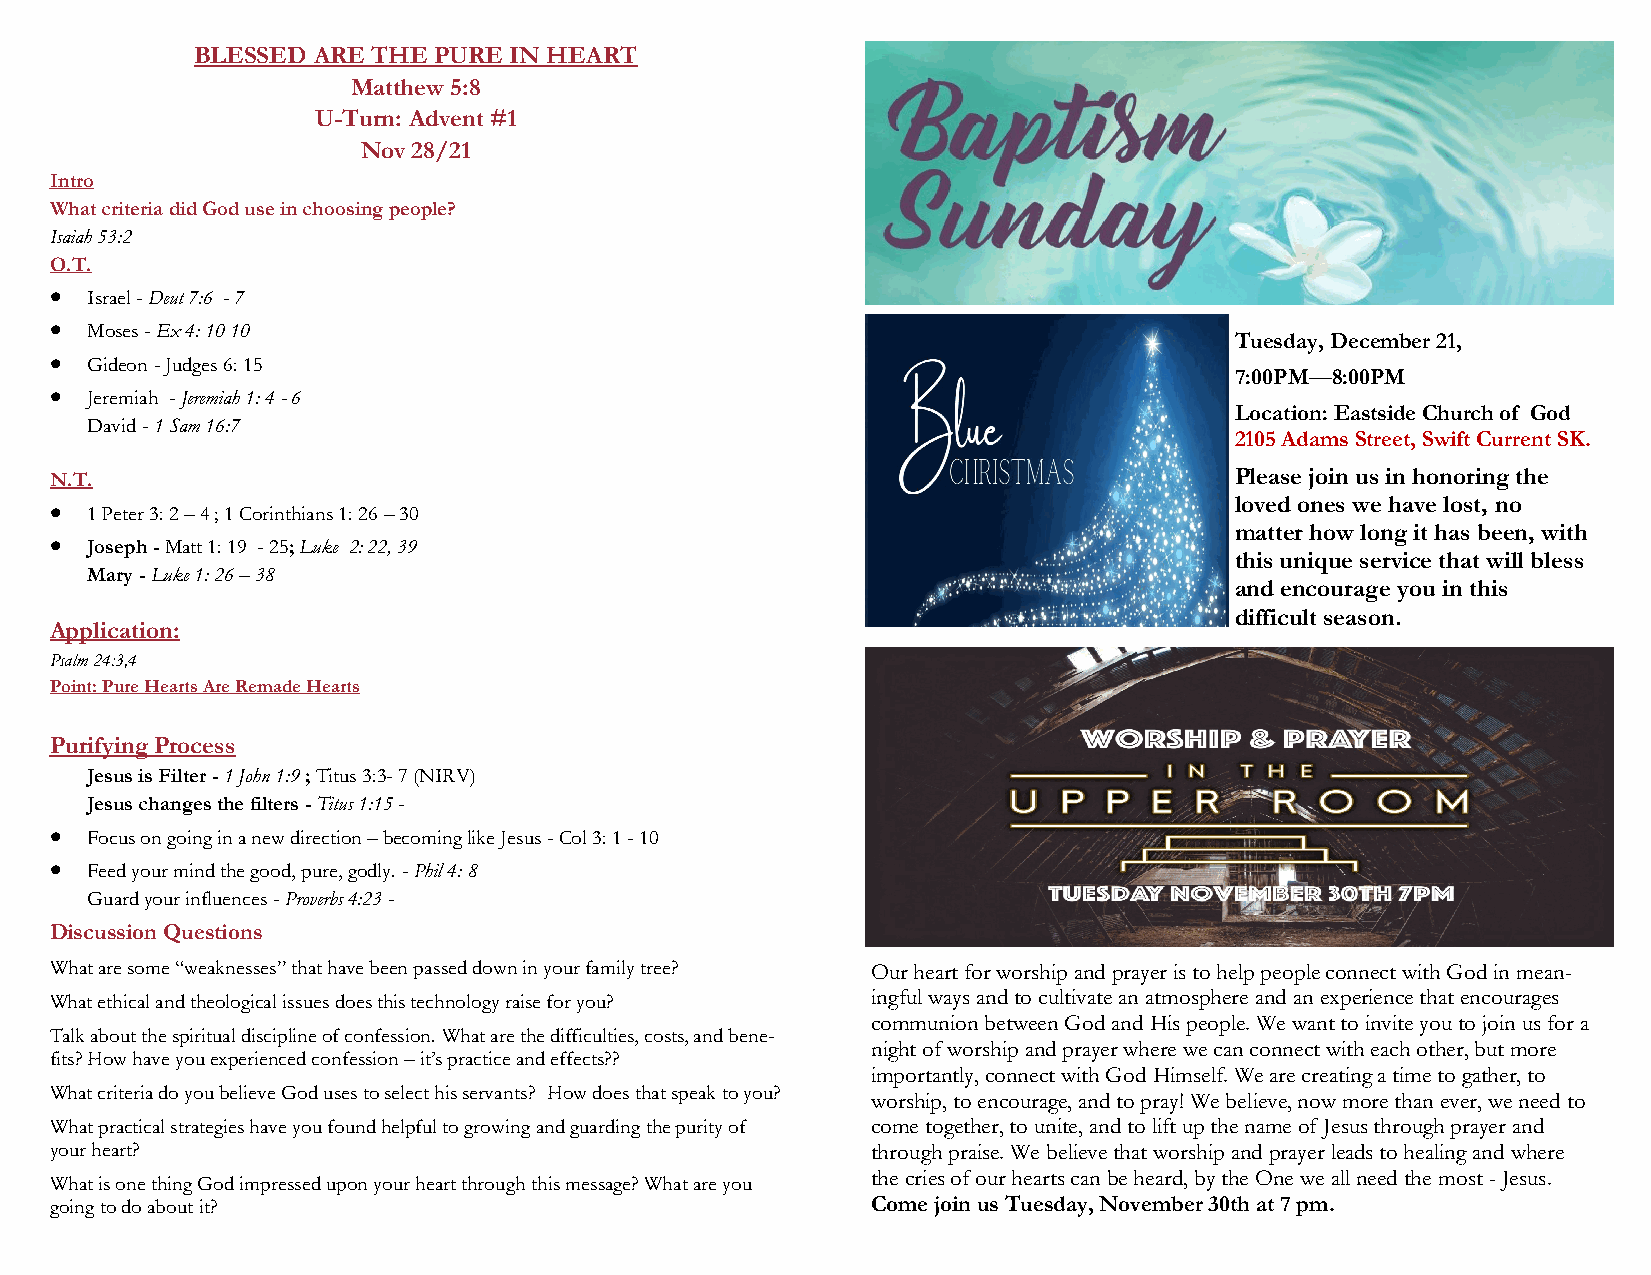
BLESSED ARE THE PURE IN HEART
 Matthew 5:8
 U-Turn: Advent #1
 Nov 28/21
 Intro
 What criteria did God use in choosing people?
 Isaiah 53:2
 O.T.
 •  Israel - Deut 7:6 - 7
 •  Moses - Ex 4: 10 10
 Tuesday, December 21,
 •  Gideon - Judges 6: 15
 7:00PM—8:00PM
 •  Jeremiah - Jeremiah 1: 4 - 6
 Location: Eastside Church of God
 David - 1 Sam 16:7
 2105 Adams Street, Swift Current SK.
 N.T.                                                                           Please join us in honoring the
 loved ones we have lost, no
 •  1 Peter 3: 2 – 4 ; 1 Corinthians 1: 26 – 30
 matter how long it has been, with
 •  Joseph - Matt 1: 19 - 25; Luke 2: 22, 39
 this unique service that will bless
 Mary - Luke 1: 26 – 38
 and encourage you in this
 difficult season.
 Application:
 Psalm 24:3,4
 Point: Pure Hearts Are Remade Hearts
 Purifying Process
 Jesus is Filter - 1 John 1:9 ; Titus 3:3- 7 (NIRV)
 Jesus changes the filters - Titus 1:15 -
 •  Focus on going in a new direction – becoming like Jesus - Col 3: 1 - 10
 •  Feed your mind the good, pure, godly. - Phil 4: 8
 Guard your influences - Proverbs 4:23 -
 Discussion Questions
 What are some “weaknesses” that have been passed down in your family tree? Our heart for worship and prayer is to help people connect with God in mean-
 What ethical and theological issues does this technology raise for you? ingful ways and to cultivate an atmosphere and an experience that encourages
 communion between God and His people. We want to invite you to join us for a
 Talk about the spiritual discipline of confession. What are the difficulties, costs, and bene-
 night of worship and prayer where we can connect with each other, but more
 fits? How have you experienced confession – it’s practice and effects??
 importantly, connect with God Himself. We are creating a time to gather, to
 What criteria do you believe God uses to select his servants? How does that speak to you?
 worship, to encourage, and to pray! We believe, now more than ever, we need to
 What practical strategies have you found helpful to growing and guarding the purity of come together, to unite, and to lift up the name of Jesus through prayer and
 your heart?                                            through praise. We believe that worship and prayer leads to healing and where
 the cries of our hearts can be heard, by the One we all need the most - Jesus.
 What is one thing God impressed upon your heart through this message? What are you
 going to do about it?                                  Come join us Tuesday, November 30th at 7 pm.